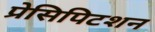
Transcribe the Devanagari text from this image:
प्रेसिपिटशन